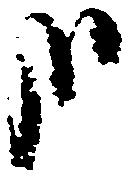
哉